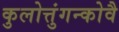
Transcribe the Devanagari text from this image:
कुलोत्तुंगन्कोवै